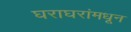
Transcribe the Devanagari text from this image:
घराघरांमधून